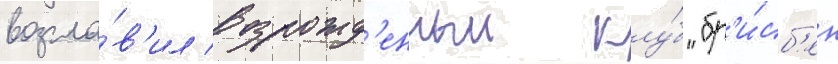
возгла́в'ил возрожд'енныи клу́б "бр'и́сб'ен